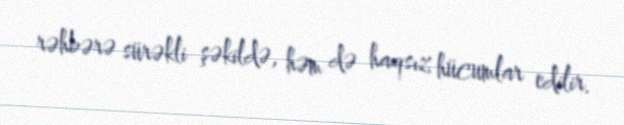
rəhbərə sürəkli şəkildə, həm də haqsız hücumlar edilir.